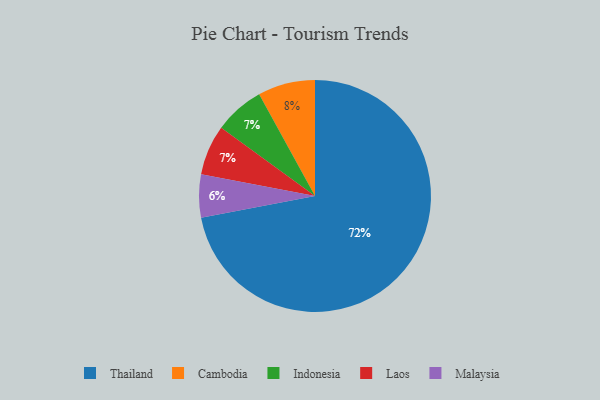
{"axis": {"x": "Category", "y": "Percentage"}, "legend": ["Cambodia", "Indonesia", "Laos", "Malaysia", "Thailand"], "data": [{"x": "Indonesia", "y": 7, "type": "Indonesia"}, {"x": "Cambodia", "y": 8, "type": "Cambodia"}, {"x": "Laos", "y": 7, "type": "Laos"}, {"x": "Thailand", "y": 72, "type": "Thailand"}, {"x": "Malaysia", "y": 6, "type": "Malaysia"}]}